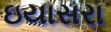
ઇયાસરા